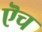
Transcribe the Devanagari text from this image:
ऎच